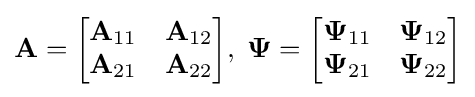
{\mathbf {A} }={\begin{bmatrix}\mathbf {A} _{11}&\mathbf {A} _{12}\\\mathbf {A} _{21}&\mathbf {A} _{22}\end{bmatrix}},\;{\mathbf {\Psi } }={\begin{bmatrix}\mathbf {\Psi } _{11}&\mathbf {\Psi } _{12}\\\mathbf {\Psi } _{21}&\mathbf {\Psi } _{22}\end{bmatrix}}